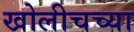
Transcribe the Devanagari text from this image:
खोलीचच्या